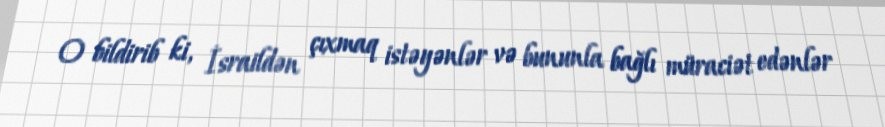
O bildirib ki, İsraildən çıxmaq istəyənlər və bununla bağlı müraciət edənlər